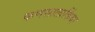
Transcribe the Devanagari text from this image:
फणसालाकिंवा